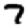
Digit: 7